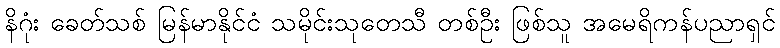
နိဂုံး ခေတ်သစ် မြန်မာနိုင်ငံ သမိုင်းသုတေသီ တစ်ဦး ဖြစ်သူ အမေရိကန်ပညာရှင်